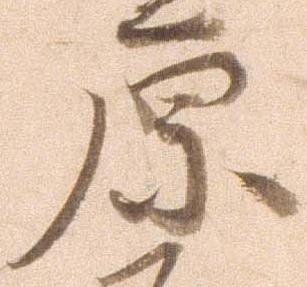
原